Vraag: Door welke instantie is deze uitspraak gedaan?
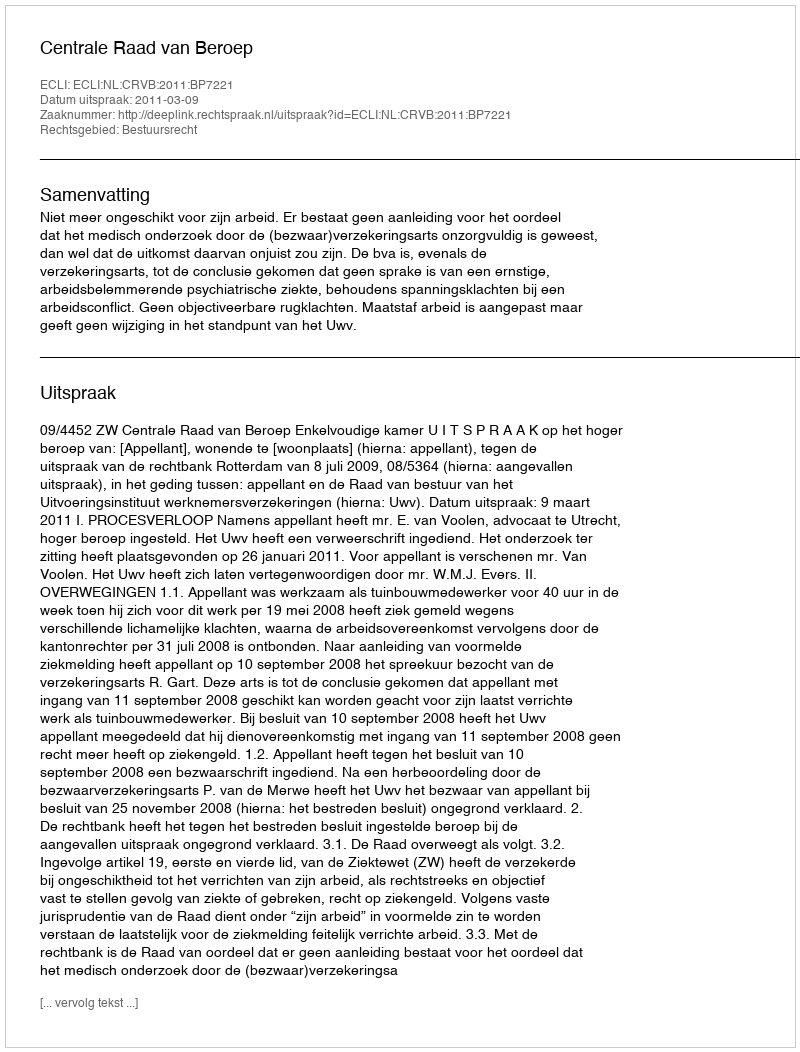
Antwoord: Centrale Raad van Beroep